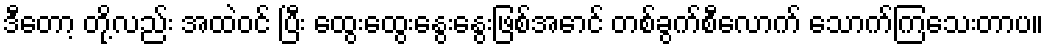
ဒီတော့ တို့လည်း အထဲဝင် ပြီး ထွေးထွေးနွေးနွေးဖြစ်အောင် တစ်ခွက်စီလောက် သောက်ကြသေးတာပ။